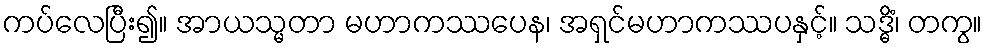
ကပ်လေပြီး၍။ အာယသ္မတာ မဟာကဿပေန၊ အရှင်မဟာကဿပနှင့်။ သဒ္ဓိံ၊ တကွ။